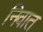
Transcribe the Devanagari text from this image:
निवात